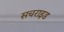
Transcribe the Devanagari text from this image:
सचराइड